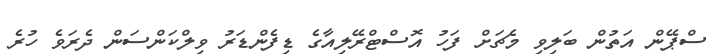
ސްޕޭން އަތުން ބަލިވި މެޗަށް ފަހު އޮސްޓްރޭލިއާގެ ޑިފެންޑަރު ވިލްކަންސަން ދެރަވެ ހުރެ